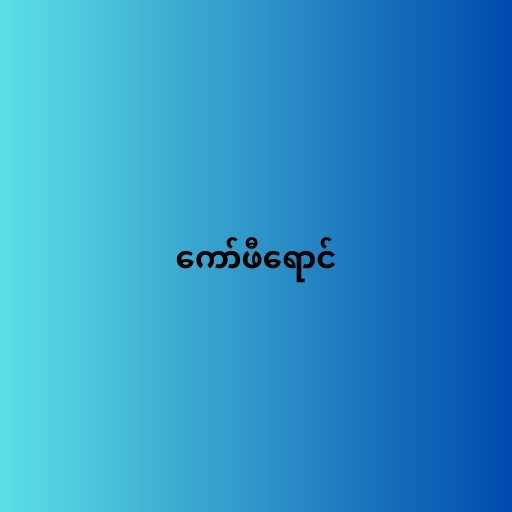
ကော်ဖီရောင်